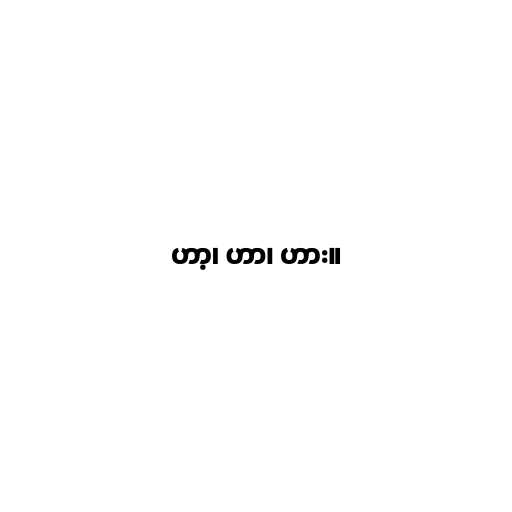
ဟာ့၊ ဟာ၊ ဟား။